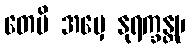
တေပိ အမှေ နုရက္ခန္တု၊